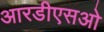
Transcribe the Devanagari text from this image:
आरडीएसओ